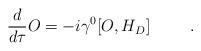
LaTeX: \begin{align*}\frac{d}{d\tau}O = -i\gamma^{0}[O,H_{D}]\hspace{.4in}.\end{align*}